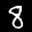
Label: 8